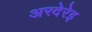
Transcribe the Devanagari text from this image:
अरदेरेइ